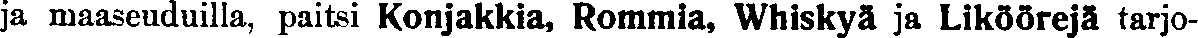
ja maaseuduilla, paitsi Konjakkia, Rommia, Whiskyä ja Liköörejä tarjo-